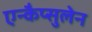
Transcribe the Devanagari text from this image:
एन्कैप्सुलेन